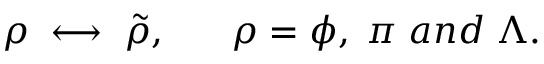
\rho \; \longleftrightarrow \; \tilde { \rho } , \; \; \; \; \; \; \rho = \phi , \; \pi \; a n d \; \Lambda .